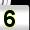
Digit: 5